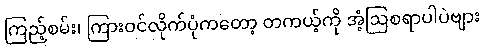
ကြည့်စမ်း၊ ကြားဝင်လိုက်ပုံကတော့ တကယ့်ကို အံ့ဩစရာပါပဲဗျား